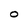
Character: O